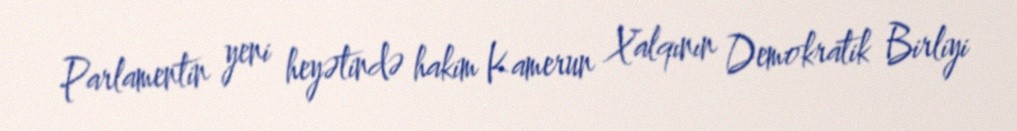
Parlamentin yeni heyətində hakim Kamerun Xalqının Demokratik Birliyi